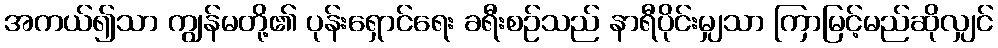
အကယ်၍သာ ကျွန်မတို့၏ ပုန်းရှောင်ရေး ခရီးစဉ်သည် နာရီပိုင်းမျှသာ ကြာမြင့်မည်ဆိုလျှင်